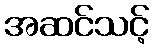
အဆင်သင့်